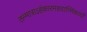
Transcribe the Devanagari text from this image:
तन्मात्राऽहंकारमहदात्मिकायाँ